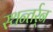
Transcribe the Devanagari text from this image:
स्थन्तर्र्न